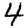
Digit: 4